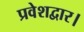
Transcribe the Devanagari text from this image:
प्रवेशद्वार।